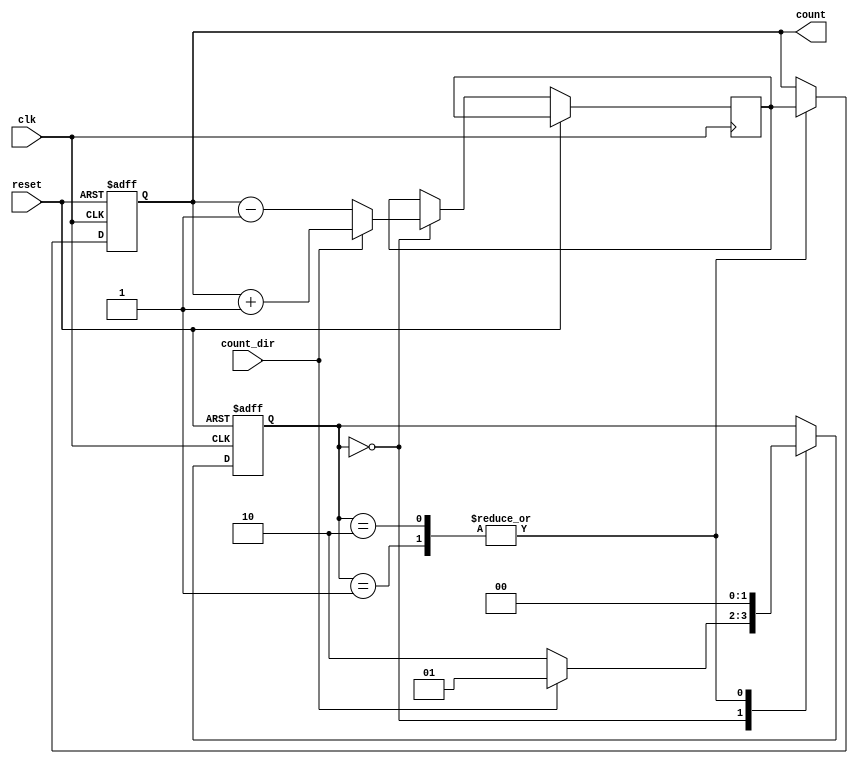
module Counter(
    input clk,
    input reset,
    input count_dir,
    output reg [7:0] count
);

// State machine definition
parameter IDLE = 2'b00;
parameter INC = 2'b01;
parameter DEC = 2'b10;

reg [1:0] state;
reg [7:0] next_count;

always @ (posedge clk or posedge reset) begin
    if (reset) begin
        state <= IDLE;
        count <= 8'b0;
    end else begin
        case (state)
            IDLE: begin
                if (count_dir) begin
                    state <= INC;
                    next_count <= count + 1;
                end else begin
                    state <= DEC;
                    next_count <= count - 1;
                end
            end
            INC: begin
                state <= IDLE;
                count <= next_count;
            end
            DEC: begin
                state <= IDLE;
                count <= next_count;
            end
        endcase
    end
end

endmodule